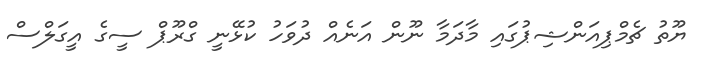
ޔޫތު ޗެމްޕިއަންޝިޕުގައި މާދަމާ ނޫން އަނެއް ދުވަހު ކުޅޭނީ ގްރޫޕް ސީގެ އީގަލްސް